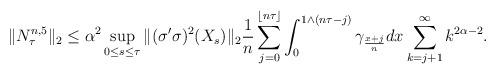
LaTeX: \begin{align*} \| N^{n,5} _\tau\|_2 \le \alpha ^2 \sup_{0\le s\le \tau} \| (\sigma'\sigma)^2(X_s) \|_2 \frac 1n \sum_{j=0}^{\lfloor n\tau \rfloor} \int_{0 } ^{ 1\wedge(n \tau -j )} \gamma_{\frac {x+j}n} dx \sum_{k=j+1} ^{\infty} k^{2\alpha -2}. \end{align*}